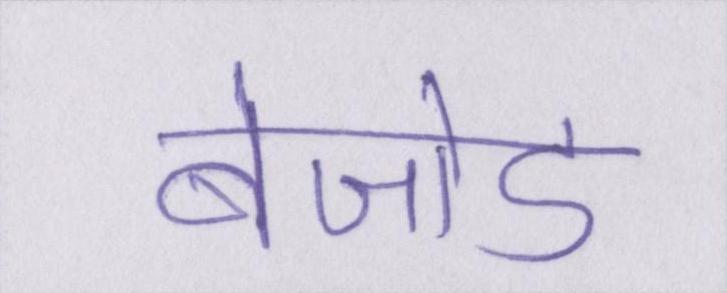
बेजोड